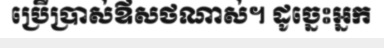
ប្រើប្រាស់ឪសថណាស់។ ដូច្នេះអ្នក